Document type: bank_statement
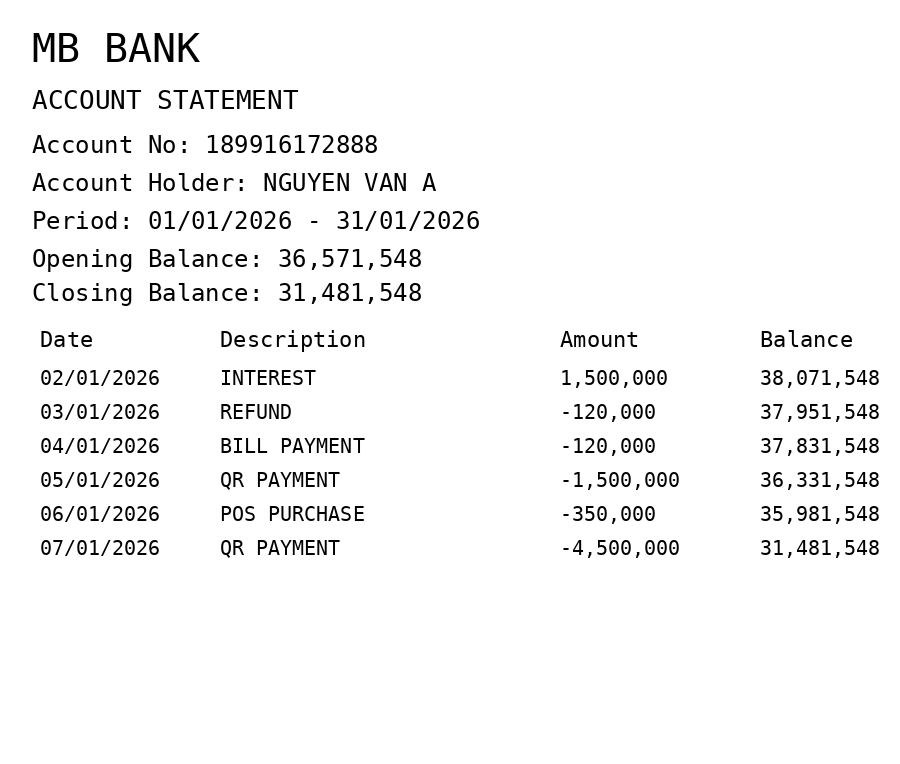
OCR transcript:
MB BANK
ACCOUNT STATEMENT
Account No: 189916172888
Account Holder: NGUYEN VAN A
Period: 01/01/2026 - 31/01/2026
Opening Balance: 36,571,548
Closing Balance: 31,481,548
Date
Description
Amount
Balance
02/01/2026
INTEREST
1,500,000
38,071,548
03/01/2026
REFUND
-120,000
37,951,548
04/01/2026
BILL PAYMENT
-120,000
37,831,548
05/01/2026
QR PAYMENT
-1,500,000
36,331,548
06/01/2026
POS PURCHASE
-350,000
35,981,548
07/01/2026
QR PAYMENT
-4,500,000
31,481,548
Extracted fields:
bank_name: mb bank
account_number: 189916172888
account_holder: nguyen van a
statement_period: 01/01/2026 - 31/01/2026
opening_balance: 36571548
closing_balance: 31481548
transactions: date: 2026-01-02
description: interest
amount: 1500000
balance: 38071548
date: 2026-01-03
description: refund
amount: -120000
balance: 37951548
date: 2026-01-04
description: bill payment
amount: -120000
balance: 37831548
date: 2026-01-05
description: qr payment
amount: -1500000
balance: 36331548
date: 2026-01-06
description: pos purchase
amount: -350000
balance: 35981548
date: 2026-01-07
description: qr payment
amount: -4500000
balance: 31481548